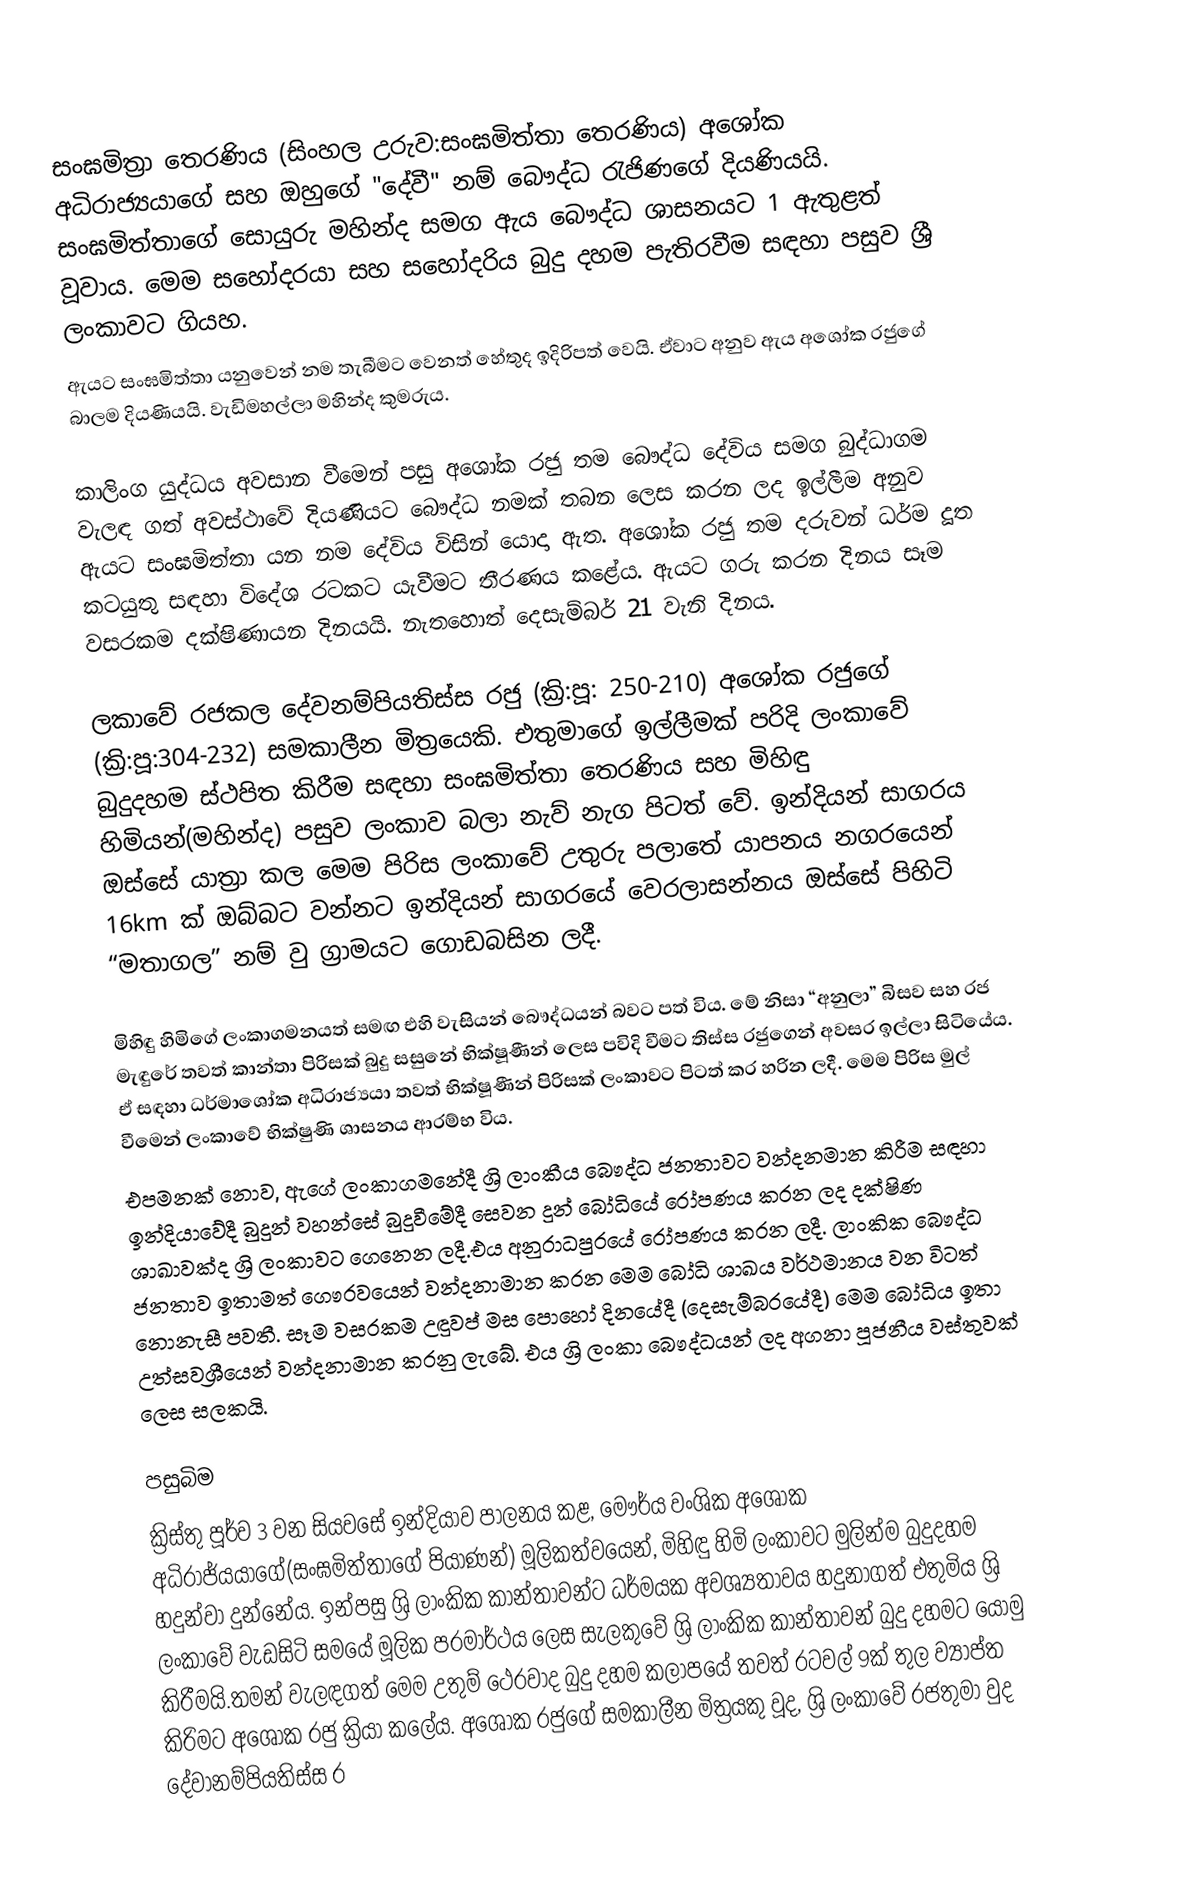
සංඝමිත්‍රා තෙරණිය (සිංහල උරුව:සංඝමිත්තා තෙරණිය)  අශෝක අධිරාජ්‍යයාගේ සහ ඔහුගේ "දේවී" නම් බෞද්ධ රැජිණගේ දියණියයි. සංඝමිත්තාගේ සොයුරු මහින්ද සමග ඇය බෞද්ධ  ශාසනයට 1 ඇතුළත් වූවාය. මෙම සහෝදරයා සහ සහෝදරිය බුදු දහම පැතිරවීම සඳහා පසුව ශ්‍රී ලංකාවට ගියහ.
ඇයට සංඝමිත්තා යනුවෙන් නම තැබීමට වෙනත් හේතුද ඉදිරිපත් වෙයි. ඒවාට අනුව ඇය අශෝක රජුගේ බාලම දියණියයි. වැඩිමහල්ලා මහින්ද කුමරුය.

කාලිංග යුද්ධය අවසාන වීමෙන් පසු අශෝක රජු තම බෞද්ධ දේවිය සමග බුද්ධාගම වැලඳ ගත් අවස්ථාවේ දියණියට බෞද්ධ නමක් තබන ලෙස කරන ලද ඉල්ලීම අනුව ඇයට සංඝමිත්තා යන නම දේවිය විසින් යොදා ඇත. අශෝක රජු තම දරුවන් ධර්ම දූත කටයුතු සඳහා විදේශ රටකට යැවීමට තීරණය කළේය. ඇයට ගරු කරන දිනය සෑම වසරකම දක්ෂිණායන දිනයයි. නැතහොත් දෙසැම්බර් 21 වැනි දිනය.

ලකාවේ රජකල දේවනම්පියතිස්ස රජු (ක්‍රි:පූ: 250-210) අශෝක රජුගේ (ක්‍රි:පූ:304-232)  සමකාලීන මිත්‍රයෙකි. එතුමාගේ ඉල්ලීමක් පරිදි  ලංකාවේ බුදුදහම ස්ථපිත කිරීම සඳහා  සංඝමිත්තා තෙරණිය සහ මිහිඳු හිමියන්(මහින්ද) පසුව ලංකාව බලා නැව් නැග පිටත් වේ. ඉන්දියන් සාගරය ඔස්සේ යාත්‍රා කල මෙම පිරිස ලංකාවේ උතුරු පලාතේ යාපනය නගරයෙන් 16km ක් ඔබ්බට වන්නට ඉන්දියන් සාගරයේ වෙරලාසන්නය ඔස්සේ පිහිටි “මතාගල” නම් වු ග්‍රාමයට ගොඩබසින ලදී.

මිහිඳු හිමිගේ ලංකාගමනයත් සමඟ එහි වැසියන් බෞද්ධයන් බවට පත් විය. මේ නිසා “අනුලා” බිසව සහ රජ මැඳුරේ තවත් කාන්තා පිරිසක් බුදු සසුනේ භික්ෂූණීන් ලෙස පවිදි වීමට තිස්ස රජුගෙන් අවසර ඉල්ලා සිටියේය. ඒ සඳහා ධර්මාශෝක අධිරාජ්‍යයා තවත් භික්ෂූණීන් පිරිසක් ලංකාවට පිටත් කර හරින ලදී. මෙම පිරිස  මුල් වීමෙන් ලංකාවේ භික්ෂුණි ශාසනය ආරම්භ විය.
එපමනක් නොව, ඇගේ ලංකාගමනේදී ශ්‍රි ලාංකීය බෞද්ධ ජනතාවට වන්දනමාන කිරීම සඳහා ඉන්දියාවේදී බුදුන් වහන්සේ බුදුවීමේදී සෙවන දුන් බෝධියේ රෝපණය කරන ලද දක්ෂිණ ශාඛාවක්ද ශ්‍රි ලංකාවට ගෙනෙන ලදී.එය අනුරාධපුරයේ රෝපණය කරන ලදී. ලාංකික බෞද්ධ ජනතාව ඉතාමත් ගෞරවයෙන් වන්දනාමාන කරන මෙම බෝධි ශාඛය වර්ථමානය වන විටත් නොනැසී පවතී. සෑම වසරකම උඳුවප් මස පොහෝ දිනයේදී (දෙසැම්බරයේදී) මෙම බෝධිය ඉතා උත්සවශ්‍රීයෙන් වන්දනාමාන කරනු ලැබේ. එය ශ්‍රි ලංකා බෞද්ධයන් ලද අගනා පූජනීය වස්තුවක් ලෙස සලකයි.

පසුබිම
ක්‍රිස්තු පූර්ව 3 වන සියවසේ ඉන්දියාව පාලනය කළ, මෞර්ය වංශික අශෝක අධිරාජ්යයාගේ(සංඝමිත්තාගේ පියාණන්) මූලිකත්වයෙන්, මිහිඳු හිමි ලංකාවට මුලින්ම බුදුදහම හදුන්වා දුන්නේය. ඉන්පසු ශ්‍රි ලාංකික කාන්තාවන්ට ධර්මයක අවශ්‍යතාවය හදුනාගත් එතුමිය ශ්‍රි ලංකාවේ වැඩසිටි සමයේ මූලික පරමාර්ථය ලෙස සැලකුවේ ශ්‍රි ලාංකික කාන්තාවන් බුදු දහමට යොමු කිරීමයි.තමන් වැලඳගත් මෙම උතුම්  ථෙරවාද බුදු දහම කලාපයේ තවත් රටවල් 9ක් තුල ව්‍යාප්ත කිරිමට අශෝක රජු ක්‍රියා කලේය. අශෝක රජුගේ සමකාලීන මිත්‍රයකු වූද, ශ්‍රි ලංකාවේ රජතුමා වුද දේවානම්පියතිස්ස ර